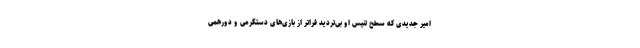
امیر جدیدی که سطح تنیس او بی‌تردید فراتر از بازی‌های دستگرمی و دورهمی